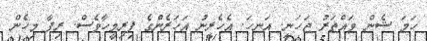
ހަމަ ޝެން ވައްތަރު ޖަހަނީ. އަނހަ. އެހެރީނު އަހަރެންގެ ފިރިމީހާވެސް. ރިފާ މިހެން